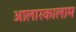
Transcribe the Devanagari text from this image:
आलारकालाम